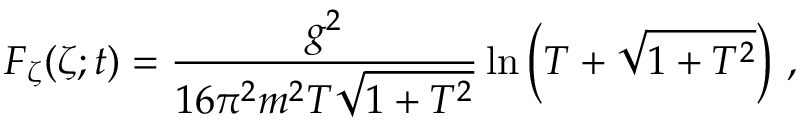
{ \cal F } _ { \zeta } ( \zeta ; t ) = \frac { g ^ { 2 } } { 1 6 \pi ^ { 2 } m ^ { 2 } T \sqrt { 1 + T ^ { 2 } } } \ln \left( T + \sqrt { 1 + T ^ { 2 } } \right) \, ,